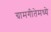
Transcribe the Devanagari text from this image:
ग्रामगीतेमध्ये